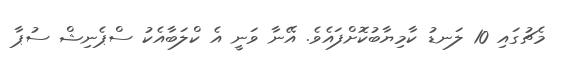
މެޗުގައި 10 ލަނޑު ކާމިޔާބުކޮށްފައެވެ. އޭނާ ވަނީ އެ ކްލަބާއެކު ސްޕެނިޝް ސުޕާ